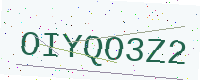
Text: OIYQO3Z2